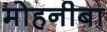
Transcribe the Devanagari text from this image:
मोहनीबा